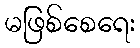
မဖြစ်စေရေး